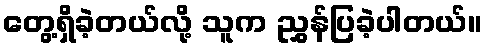
တွေ့ရှိခဲ့တယ်လို့ သူက ညွှန်ပြခဲ့ပါတယ်။